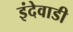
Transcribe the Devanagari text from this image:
इंदेवाडी